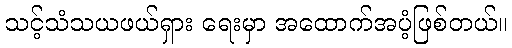
သင့်သံသယဖယ်ရှား ရေးမှာ အထောက်အပံ့ဖြစ်တယ်။